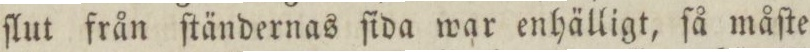
ſlut från ſtändernas ſida war enhälligt, ſå måſte